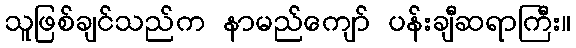
သူဖြစ်ချင်သည်က နာမည်ကျော် ပန်းချီဆရာကြီး။